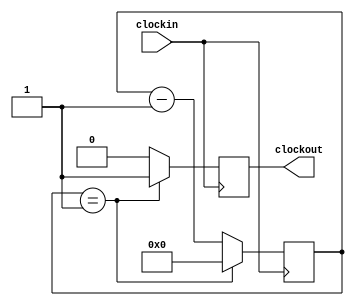
module div_50000(
		clockout,
		clockin
		);
		
		input clockin;
		output reg clockout;

		parameter BIT_SZ = 16;
		reg [BIT_SZ-1:0] count;
	
	initial count = 4'hc350;
	
	always @ (posedge clockin) 
		if (count == 1'b1) begin
			clockout <= 1'b1;
			count <= 4'hc350;
		end
		else begin
			clockout <= 1'b0;
			count <= count - 1'b1;
		end
	
			
endmodule